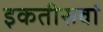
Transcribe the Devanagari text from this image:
इकतीसवां